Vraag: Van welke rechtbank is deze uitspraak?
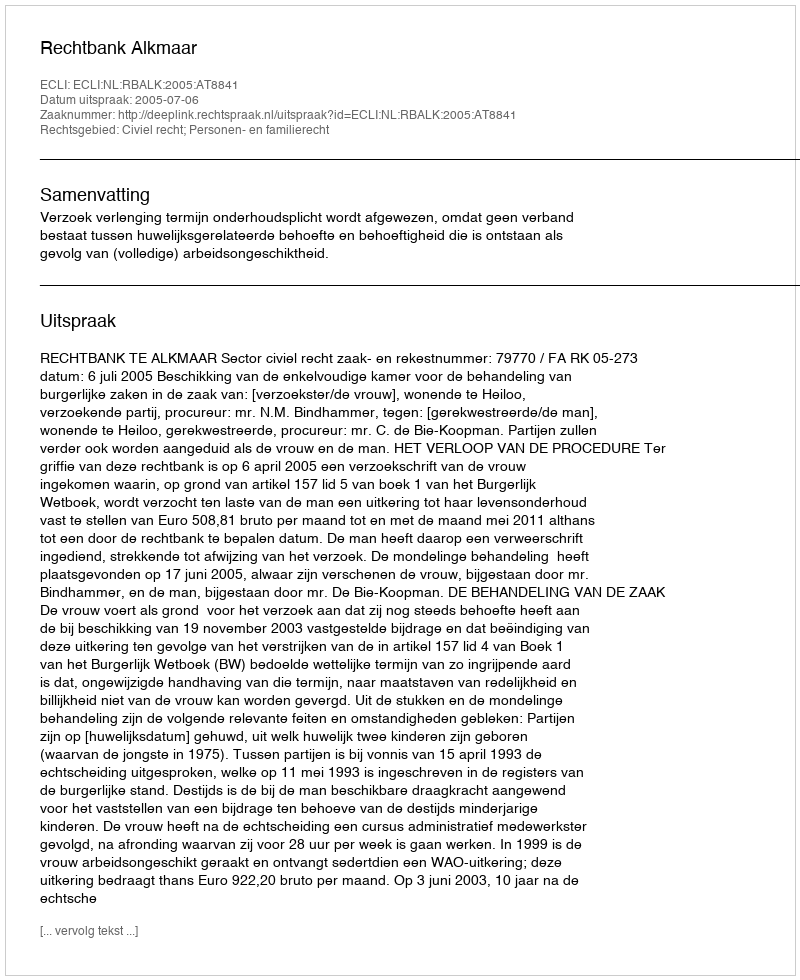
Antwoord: Rechtbank Alkmaar